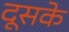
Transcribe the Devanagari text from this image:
दूसके